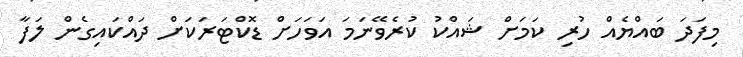
މިފަދަ ބައްޔެއް ހުރި ކަމަށް ޝައްކު ކުރެވޭނަމަ އަވަހަށް ޑޮކްޓަރަކަށް ދައްކައިގެން ލަފާ